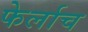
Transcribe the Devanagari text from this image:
फेर्लाच